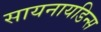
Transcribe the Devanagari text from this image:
सायनायडिन्स